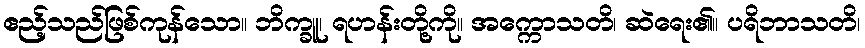
ဧည့်သည်ဖြစ်ကုန်သော။ ဘိက္ခူ၊ ရဟန်းတို့ကို။ အက္ကောသတိ၊ ဆဲရေး၏။ ပရိဘာသတိ၊